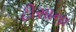
ટીસાના